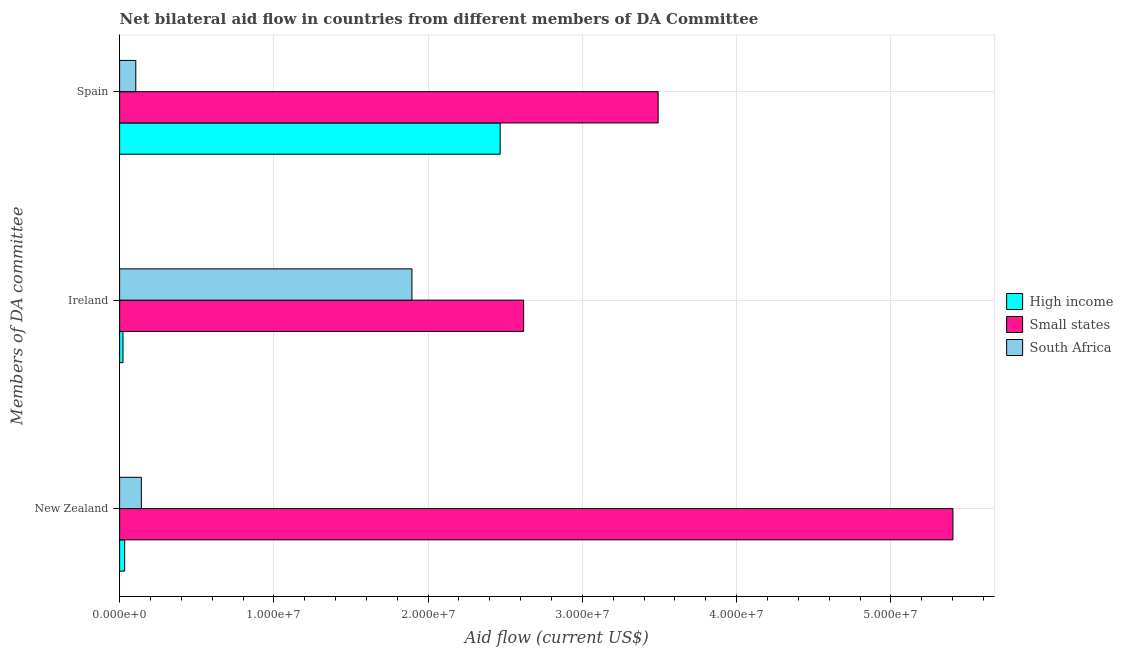
| Members of DA committee | High income | Small states | South Africa |
 | --- | --- | --- | --- |
 | New Zealand | 3.3e+05 | 5.4e+07 | 1.41e+06 |
 | Ireland | 2.2e+05 | 2.62e+07 | 1.9e+07 |
 | Spain | 2.47e+07 | 3.49e+07 | 1.05e+06 |